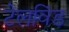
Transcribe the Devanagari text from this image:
टेलविंड